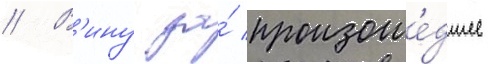
// В'ину за́ произоше́дшее